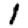
Digit: 1